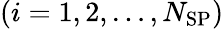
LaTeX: (i=1,2,\ldots,N_{\mathrm{SP}})